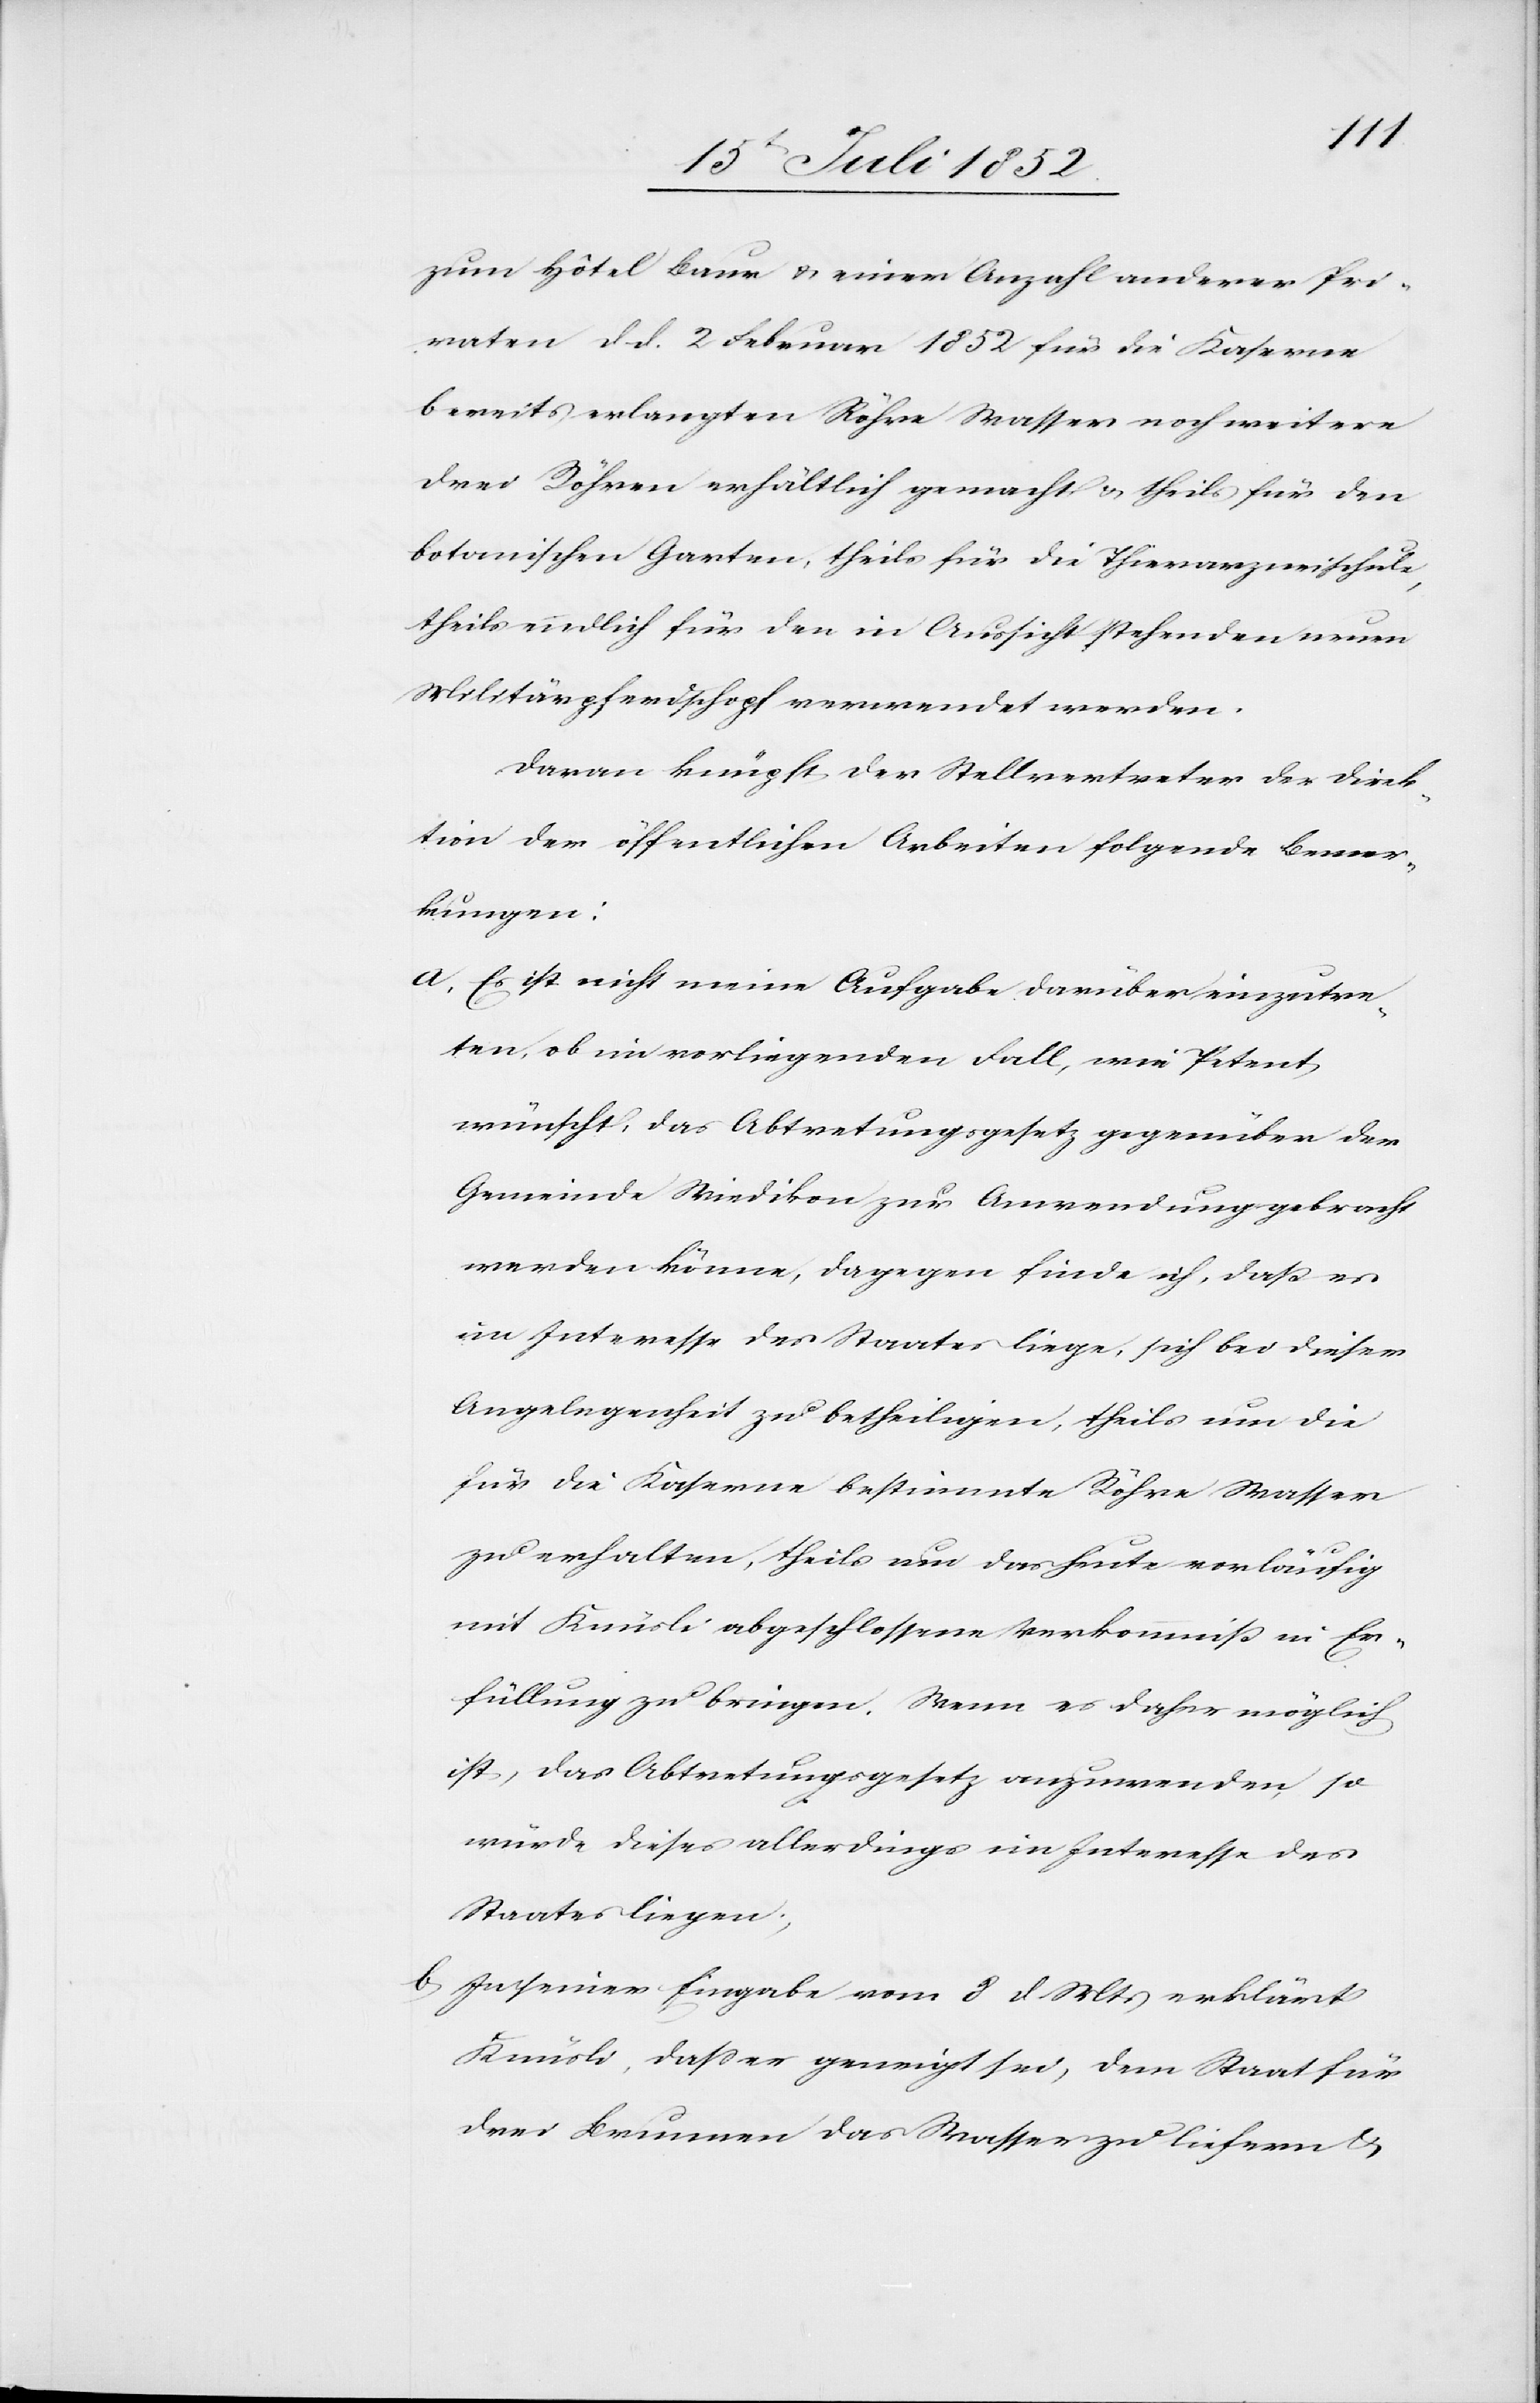
zum Hôtel Baur & einer Anzahl anderer Pri¬
vaten d d. 2 Februar 1852 für die Kaserne
bereits erlangten Röhre Wasser noch weitere
drei Röhren erhältlich gemacht & theils für den
botanischen Garten, theils für die Thierarzneischule,
theils endlich für den in Aussicht stehenden neuen
Militärpferdschopf verwendet werden.
Daran knüpft der Stellvertreter der Direk¬
tion der öffentlichen Arbeiten folgende Bemer¬
kungen:
Es ist nicht meine Aufgabe darüber einzutre¬
ten, ob im vorliegenden Fall, wie Petent
wünscht, das Abtretungsgesetz gegenüber der
Gemeinde Wiedikon zur Anwendung gebracht
werden könne, dagegen finde ich, daß es
im Interesse des Staates liege, sich bei dieser
Angelegenheit zu betheiligen, theils um die
für die Kaserne bestimmte Röhre Wasser
zu erhalten, theils um das heute vorläufig
mit Knüsli abgeschlossene Verkommniß in Er¬
füllung zu bringen. Wenn es daher möglich
ist, das Abtretungsgesetz anzuwenden, so
würde dieses allerdings im Interesse des
Staates liegen;
In seiner Eingabe vom 8 d. Mts erklärt
Knüsli, daß er geneigt sei, dem Staat für
drei Brunnen das Wasser zu liefern &